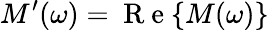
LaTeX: M^{\prime}(\omega)=\mathrm{~R~e~}\{ M(\omega)\}